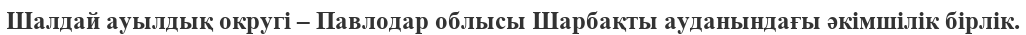
Шалдай ауылдық округі – Павлодар облысы Шарбақты ауданындағы әкімшілік бірлік.